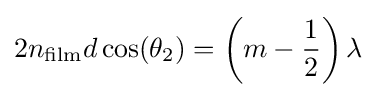
2n_{\rm {film}}d\cos(\theta _{2})=\left(m-{\frac {1}{2}}\right)\lambda